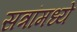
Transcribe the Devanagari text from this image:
सत्रांमध्ये